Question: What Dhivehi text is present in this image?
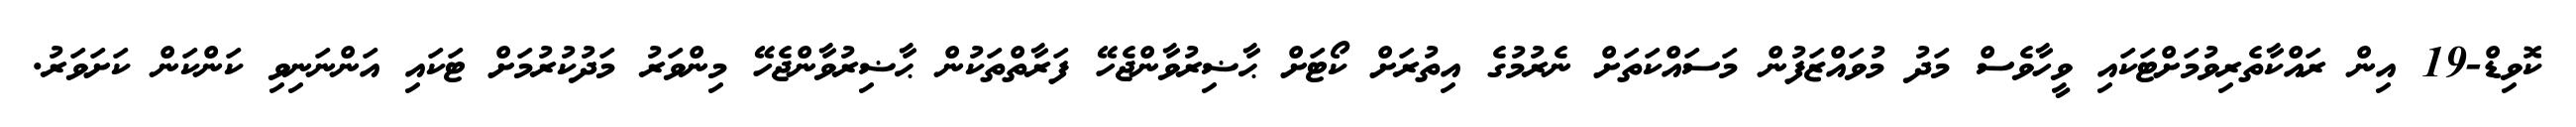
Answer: ކޮވިޑް-19 އިން ރައްކާތެރިވުމަށްޓަކައި ވީހާވެސް މަދު މުވައްޒަފުން މަސައްކަތަށް ނެރުމުގެ އިތުރަށް ކޯޓަށް ޙާޟިރުވާންޖެހޭ ފަރާތްތަކުން ޙާޟިރުވާންޖެހޭ މިންވަރު މަދުކުރުމަށް ޓަކައި އަންނަނިވި ކަންކަން ކަށަވަރު.